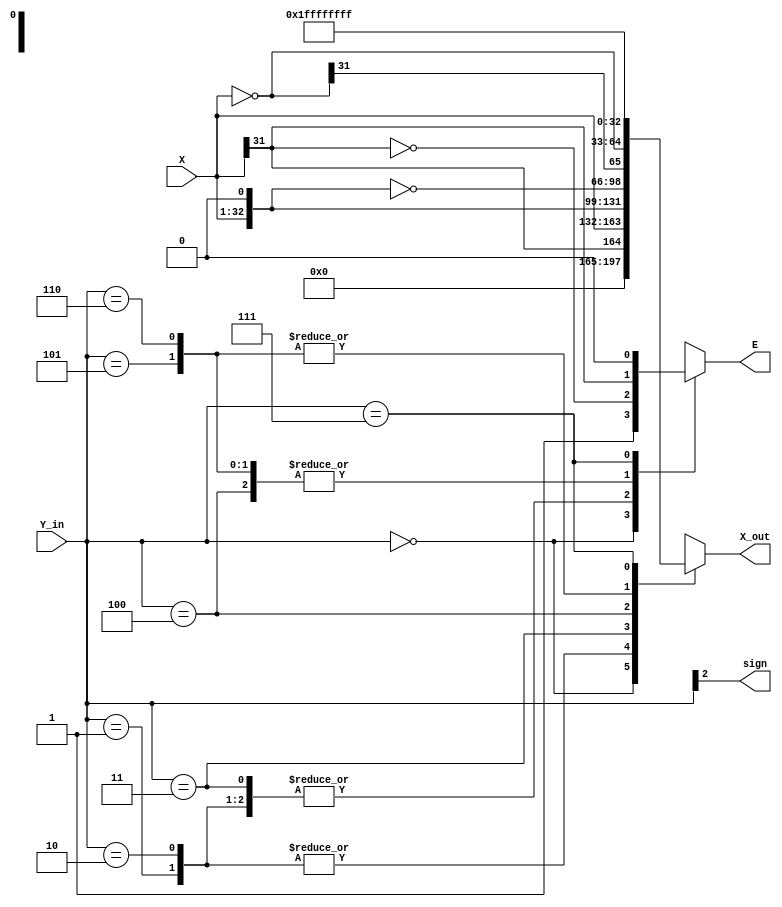
module generate_PPi(X,Y_in,X_out,sign,E);

input [31:0] X;
input [2:0]  Y_in;

output reg[32:0] X_out;
output sign;
output reg E;


wire [31:0] X_in_inverse;


assign X_in_inverse=~X;



always @(Y_in or X)
  begin
    case(Y_in)
      3'b000: X_out=33'b0;
      3'b001: X_out={X[31],X[31:0]};
      3'b010: X_out={X[31],X[31:0]};
      3'b011: X_out={X[31:0],1'b0};
      3'b100: X_out=~{X[31:0],1'b0};
      3'b101: X_out={X_in_inverse[31],X_in_inverse[31:0]};
      3'b110: X_out={X_in_inverse[31],X_in_inverse[31:0]};
      3'b111: X_out=33'b1111_1111_1111_1111_1111_1111_1111_1111_1;
      default: ;
    endcase
      
  end
  
assign sign=Y_in[2];///////////////

//assign E=~(sign^X[31]);

always@(*)
begin
  case(Y_in)
    3'b000:E=1;
    3'b001:E=~X[31];
    3'b010:E=~X[31];
    3'b011:E=~X[31];
    3'b100:E=X[31];
    3'b101:E=X[31];
    3'b110:E=X[31];
    3'b111:E=0;
  endcase
end

endmodule